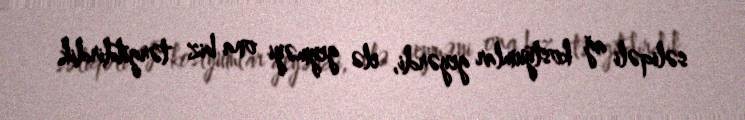
səliqəli ağ kostyumlar geyərdi, elə geyməyi ona biz tərgitdirdik.